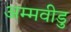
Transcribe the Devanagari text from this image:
अम्मवीडु